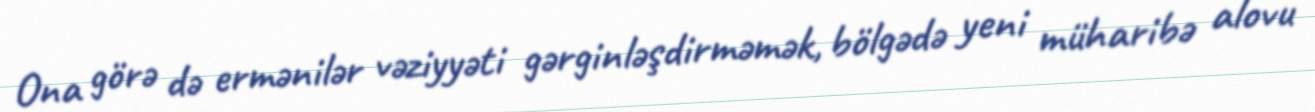
Ona görə də ermənilər vəziyyəti gərginləşdirməmək, bölgədə yeni müharibə alovu